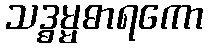
သဒ္ဓမ္မဓာရကော